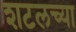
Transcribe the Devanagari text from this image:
शटलच्या